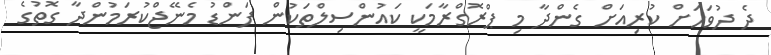
ދެ ދުވަހަށް ކުރިއަށް ގެންދާ މި ޕްރޮގްރާމަކީ ކައުންސިލްތަކުން ފަންޑު މެނޭޖްކުރަމުންދާ ގޮތުގެ